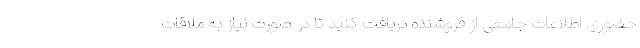
حضوری اطلاعات جامعی از فروشنده دریافت کنید تا در صورت نیاز به ملاقات